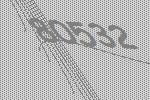
80532